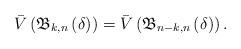
LaTeX: \begin{align*}\bar V\left( {{\mathfrak{B}_{k,n}}\left( \delta \right)} \right) = \bar V\left( {{\mathfrak{B}_{n - k,n}}\left( \delta \right)} \right).\end{align*}